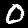
Digit: 0